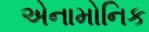
એનામોનિક